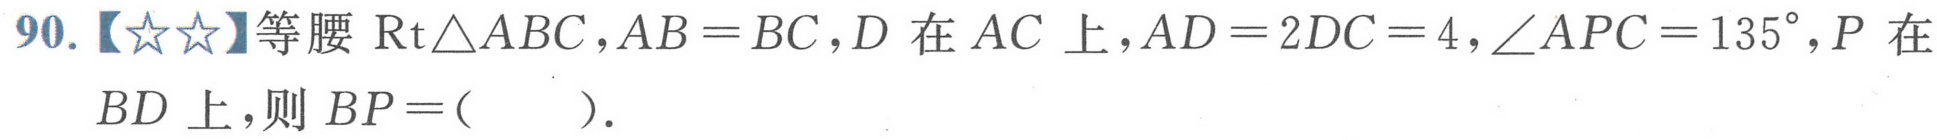
90.【\(☆☆\)】等腰\(\text{Rt}\triangle ABC\)，\(AB = BC\)，\(D\)在\(AC\)上，\(AD = 2DC = 4\)，\(\angle APC = 135^{\circ}\)，\(P\)在\(BD\)上，则\(BP=(\ \ \ \ \ )\).